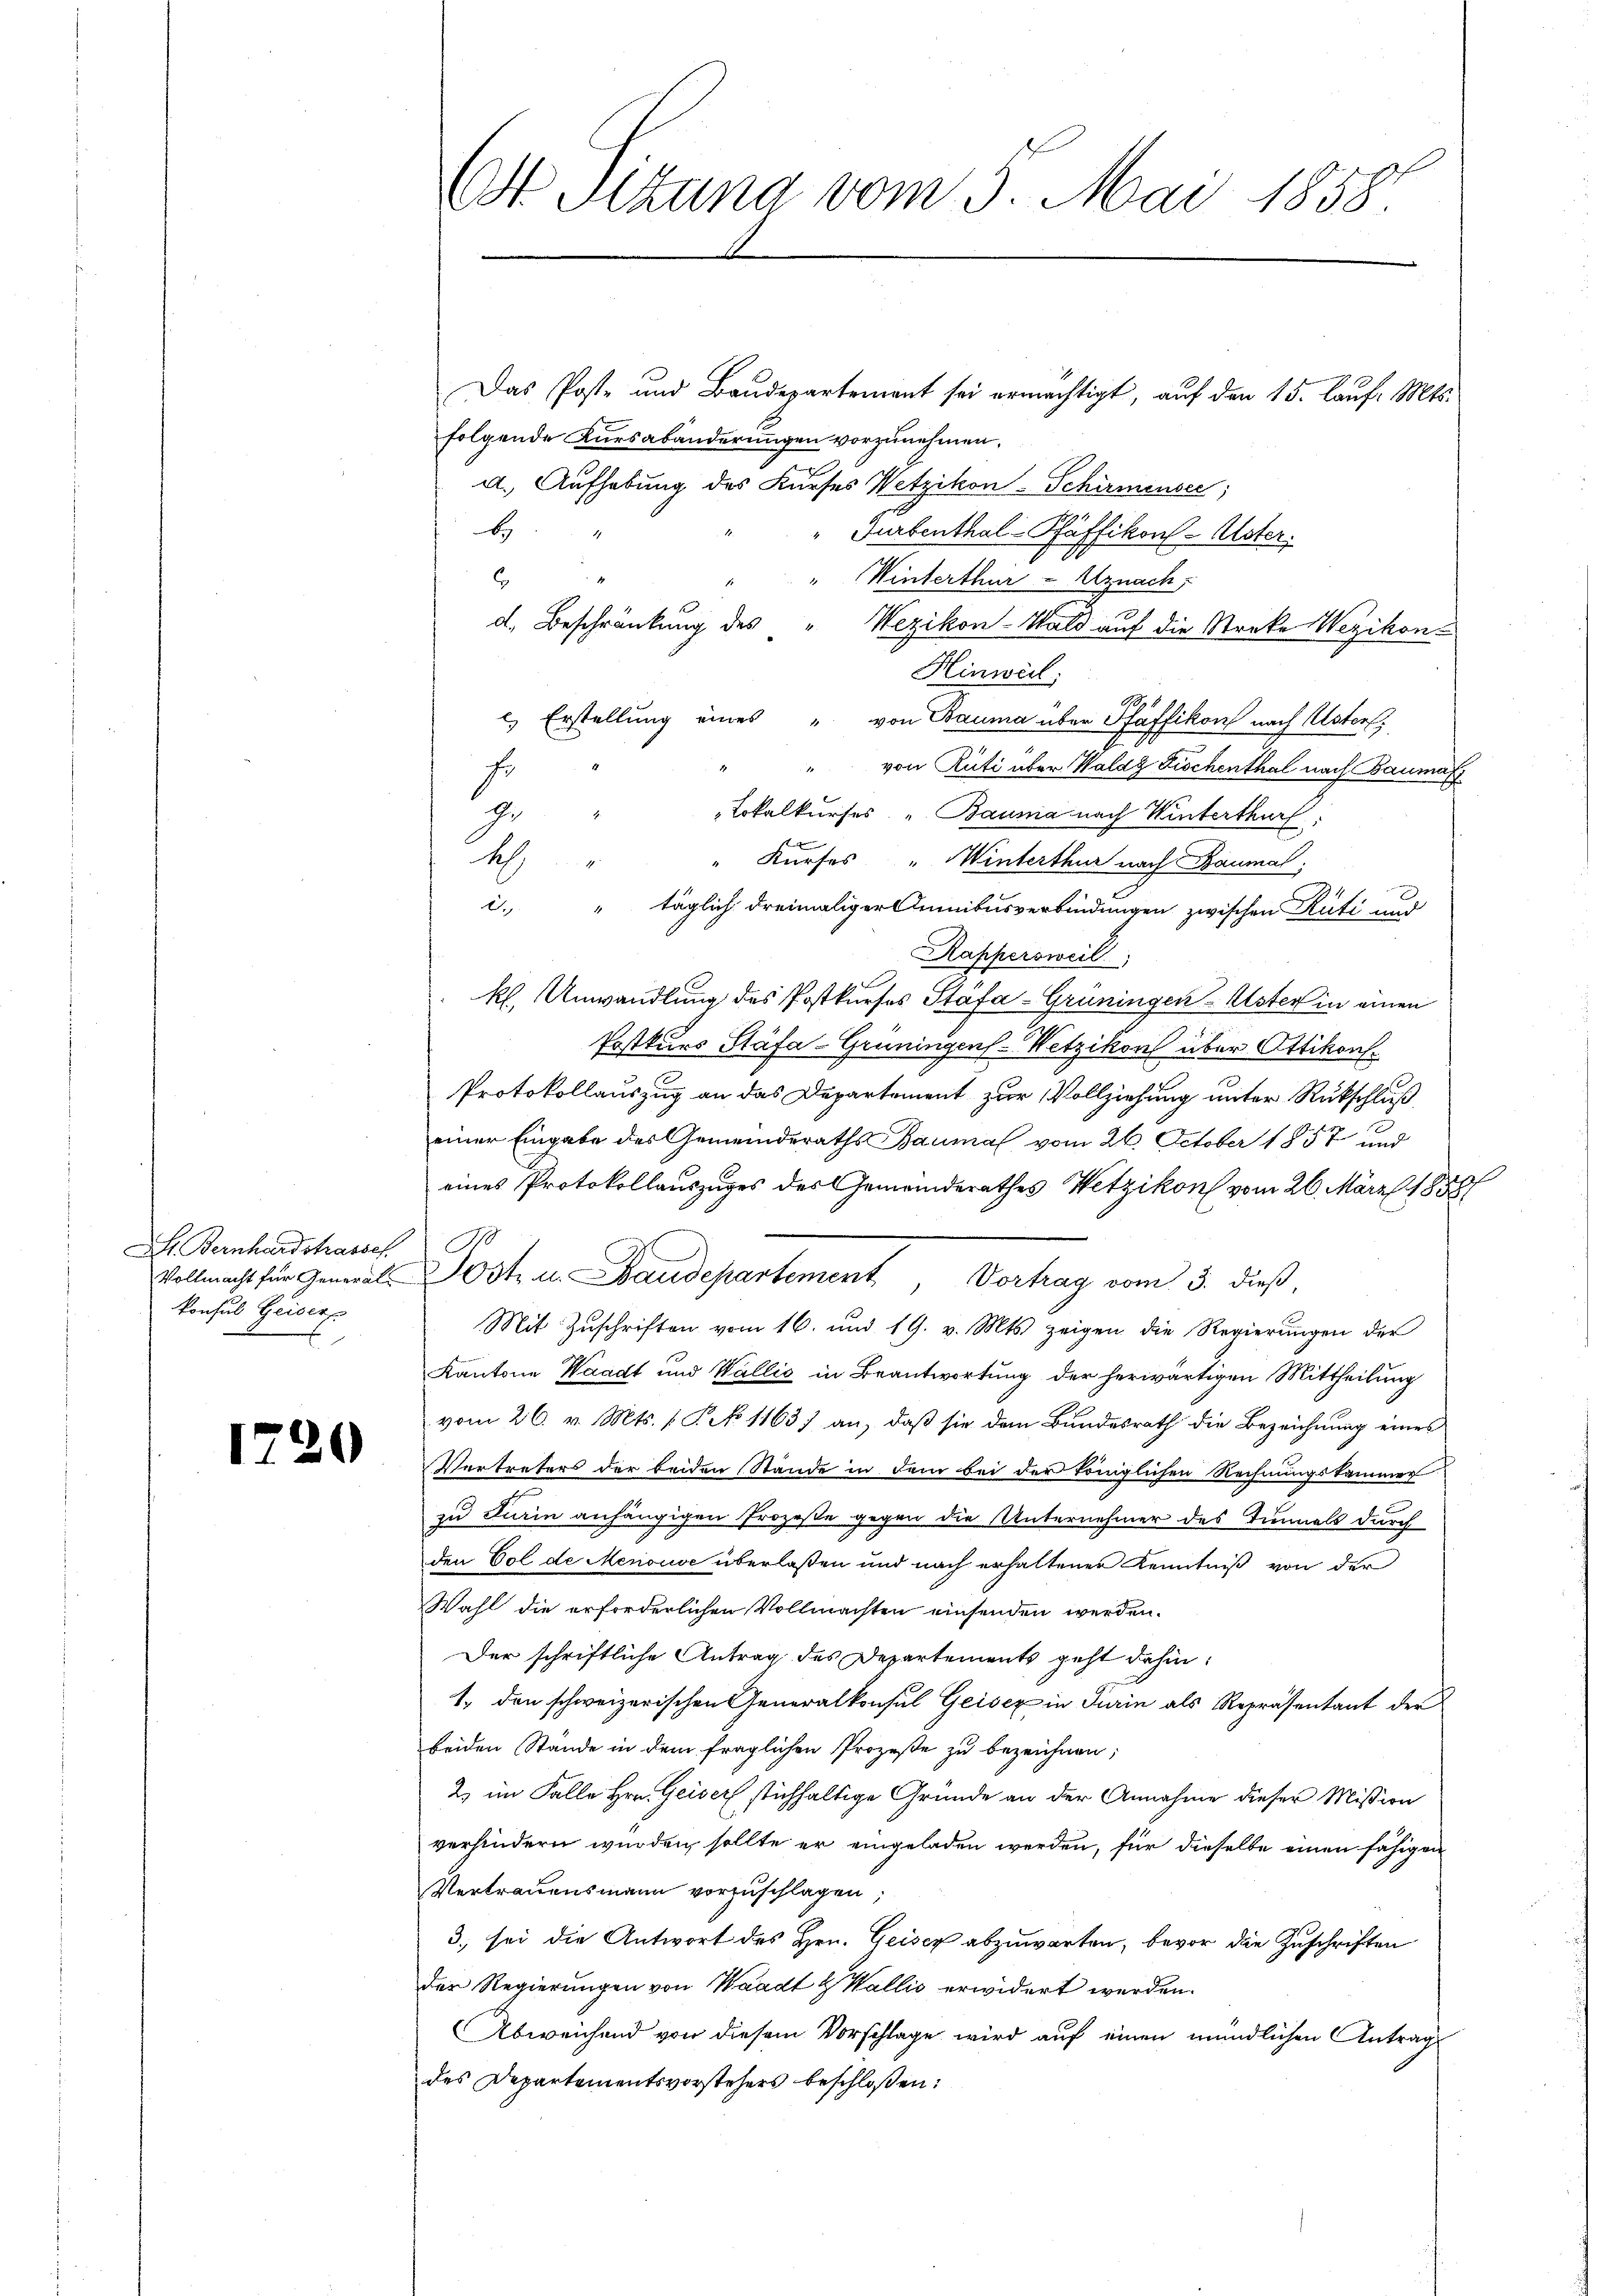
LH. Bernhardstrassel
konsul Geisers
.

1720

Ost. Sitzung vom 5. Mai 1858.

Das Poste und Baudepartement sei ermächtigt, aŭf den 15. laŭf. Mts.
folgende Kursabänderungen vorzunehmen.
d. Aufhebung des Kurses Wetzikon-Schirmensei
b
Turbenthal-Pfäffikon-Uster.
" Winterthur - Uznach,
.
d. Beschränkung des " Wezikon-Wald auf die Streke Wezikon
Hinweil:
B
) Erstellung eines " von Bauma über Pfäffikon nach Uster.
" von Rüti über Waldg Fischenthal nach Bauman
Er
J. " "Lokalkurses „Bauma nach Winterthurf:
" Kurses " Winterthur nach Baumal,
A
c. " täglich dreimaliger Amnibusverbindungen zwischen Rüti und
Kappersweil
kl. Unwandlung des Postkurses Stafa-Grüningen Uster in einen
Postkurs Stäfa-Grüningens-Wetzikon über Ottikons
Protokollauszug an das Departement zur Vollziehung unter Rückschluß
einer Eingabe des Gemeinderaths Bauma vom 26. October 1857 und
eines Protokollauszuges des Gemeinderathes Wetzikon vom 26. März 1858
.
Vollmacht für General-Post u. Baudepartement Vortrag vom 3. dieβ,
Mit Zuschriften vom 16. und 19. v. Mts. zeigen die Regierungen der
Kantone Waadt und Wallis in Beantwortung der herwärtigen Mittheilung
vom 26. v. Mts. (T. No 1163) an, daß sie dem Bundesrath die Bezeichnung eines
Vertreters der beiden Stände in dem bei der Königlichen Rechnungskammer
zu Turin anhängigen Prozeße gegen die Unternehmer des Tinmals durch
den Col de Menouve überlaßen und nach erhaltener Kenntniß von der
Wahl die erforderlichen Vollmachten einsenden werden.
Der schriftliche Antrag des Departements geht dahin:
1., den schweizerischen Generalkonsul Geisex in Turin als Repräsentant der
beiden Stande in dem fraglichen Prozeße zu bezeichnen;
2) im Falle Hrn. Geiser stichhaltige Gründe an der Annahme dieser Mission
verhindern wurden sollte er eingeladen werden, für dieselbe einen fähigen
Vertrauensmann vorzuschlagen;
3. sei die Antwort des Hrn. Geisez abzuwarten, bevor die Zuschriften
der Regierungen von Waadt & Wallis erwidert werden.
Abweichend von diesem Vorschlage wird auf einen mündlichen Antrag
des Departementsvorstehers beschloßen: